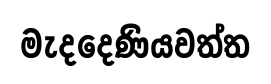
මැදදෙණියවත්ත